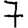
Digit: 7